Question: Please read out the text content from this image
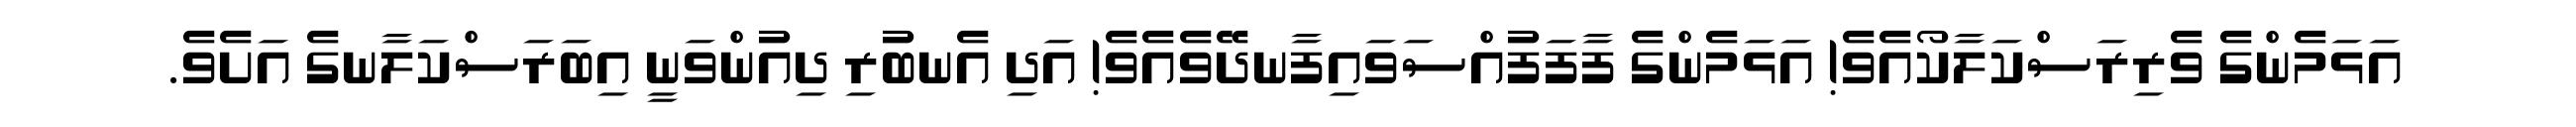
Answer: އަޅަމެންގެ ވެރިރަސްކަލާކޯއެވެ! އަޅަމެންގެ ފާފަފުއްސަވައިފާނދޭވެއެވެ! އަދި އެނބުރި ދިއުންވަނީ އިބަރަސްކަލާނގެ އަށެވެ.